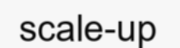
scale-up